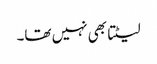
لیٹتا بھی نہیں تھا۔